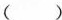
( )